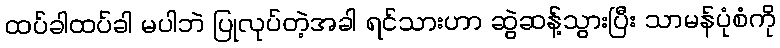
ထပ်ခါထပ်ခါ မပါဘဲ ပြုလုပ်တဲ့အခါ ရင်သားဟာ ဆွဲဆန့်သွားပြီး သာမန်ပုံစံကို